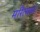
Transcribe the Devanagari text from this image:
मरित्स्बर्ग